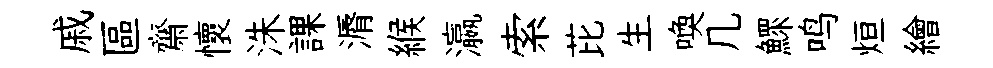
戚區齋懷洙課漘緱瀛索芘生喚几鰥鸣烜繪